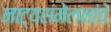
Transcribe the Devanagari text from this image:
नाट्यसंमेलनांचे